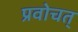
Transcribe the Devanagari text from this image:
प्रवोचत्